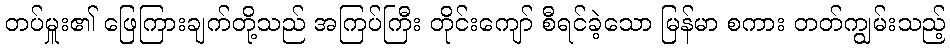
တပ်မှူး၏ ဖြေကြားချက်တို့သည် အကြပ်ကြီး တိုင်းကျော် စီရင်ခဲ့သော မြန်မာ စကား တတ်ကျွမ်းသည့်